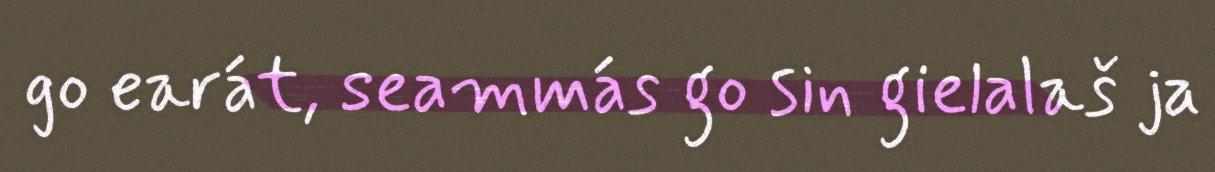
go earát, seammás go sin gielalaš ja